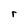
Character: r